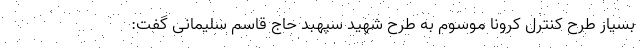
بسیار طرح کنترل کرونا موسوم به طرح شهید سپهبد حاج قاسم سلیمانی گفت: